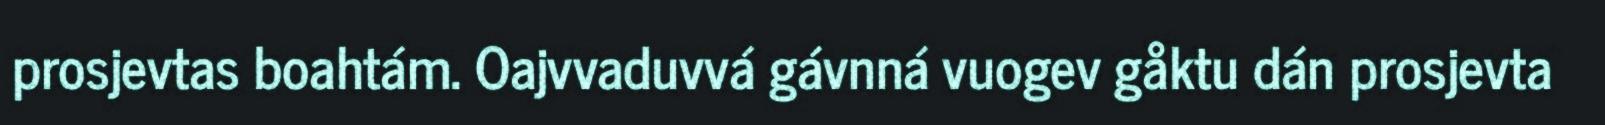
prosjevtas boahtám. Oajvvaduvvá gávnná vuogev gåktu dán prosjevta